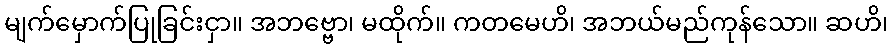
မျက်မှောက်ပြုခြင်းငှာ။ အဘဗ္ဗော၊ မထိုက်။ ကတမေဟိ၊ အဘယ်မည်ကုန်သော။ ဆဟိ၊